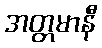
အတ္တမာနီ